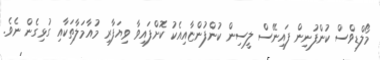
މޯލްޑިވްސް ކުންފުނިން ފައިނޭސް ލީސިން ކުންފުންޏާއިއެކު ކޮށްފައިވާ ވިޔަފާރި މުއާމަލާތަކާއި ގުޅިގެން ނެވެ.